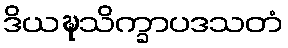
ဒိယဍ္ဎသိက္ခာပဒသတံ